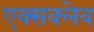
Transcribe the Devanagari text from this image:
एक्सक्लेव